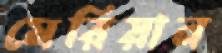
মেরিয়ান